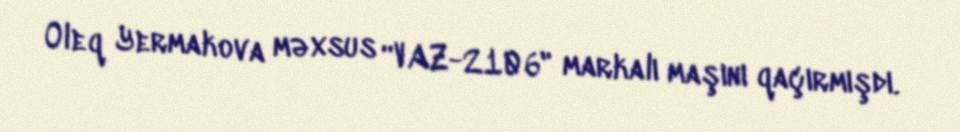
Oleq Yermakova məxsus “VAZ-2106" markalı maşını qaçırmışdı.